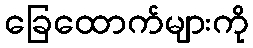
ခြေထောက်များကို